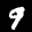
Label: 9